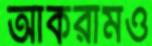
আকরামও